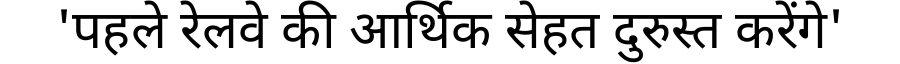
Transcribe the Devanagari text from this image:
'पहले रेलवे की आर्थिक सेहत दुरुस्त करेंगे'